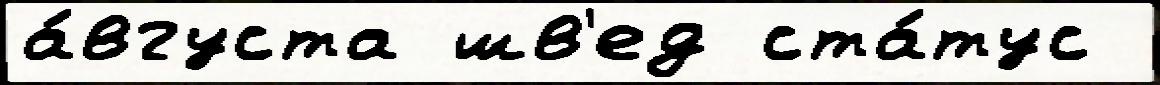
а́вгуста шв'ед ста́тус